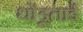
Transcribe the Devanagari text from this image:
धोंडूताई